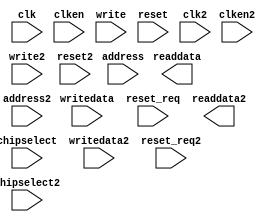
module qsys_top_onchip_memory2_1 (
		input  wire        clk,         //   clk1.clk
		input  wire [11:0] address,     //     s1.address
		input  wire        clken,       //       .clken
		input  wire        chipselect,  //       .chipselect
		input  wire        write,       //       .write
		output wire [7:0]  readdata,    //       .readdata
		input  wire [7:0]  writedata,   //       .writedata
		input  wire        reset,       // reset1.reset
		input  wire        reset_req,   //       .reset_req
		input  wire [11:0] address2,    //     s2.address
		input  wire        chipselect2, //       .chipselect
		input  wire        clken2,      //       .clken
		input  wire        write2,      //       .write
		output wire [7:0]  readdata2,   //       .readdata
		input  wire [7:0]  writedata2,  //       .writedata
		input  wire        clk2,        //   clk2.clk
		input  wire        reset2,      // reset2.reset
		input  wire        reset_req2   //       .reset_req
	);
endmodule